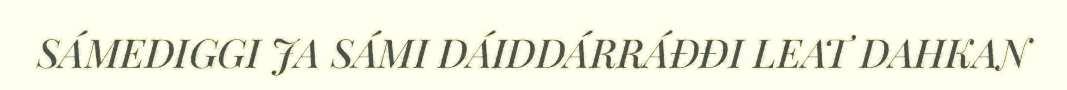
SÁMEDIGGI JA SÁMI DÁIDDÁRRÁĐĐI LEAT DAHKAN